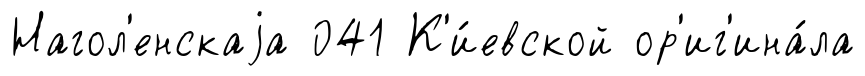
Нагол'енскаjа 041 К'и́евской ор'иг'ина́ла